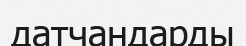
датчандарды